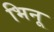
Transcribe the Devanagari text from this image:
भिनू